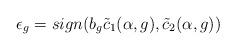
LaTeX: \begin{align*} \epsilon_g = sign(b_g\tilde c_1(\alpha, g), \tilde c_2(\alpha, g)) \end{align*}